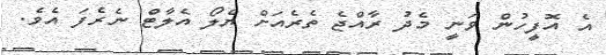
އެ އޮފީހުން ވަނީ މެދު ރާއްޖެ ތެރެއަށް ޔެލޯ އެލާޓް ނެރެފަ އެވެ.